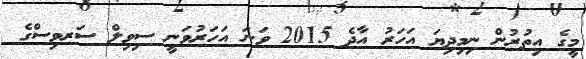
މީގެ އިތުރުން ނިމިދިޔަ އަހަރު އާދެ 2015 ވަނަ އަހަރުވަނީ ސިވިލް ސަރވިސްގެ